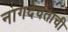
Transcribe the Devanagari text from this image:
नागदेवताची